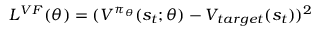
L ^ { V F } ( \theta ) = ( V ^ { \pi _ { \theta } } ( s _ { t } ; \theta ) - V _ { t a r g e t } ( s _ { t } ) ) ^ { 2 }